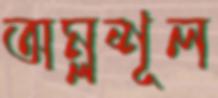
অম্লশূল